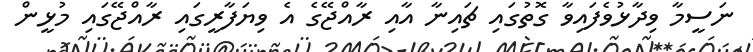
ނަސީމާ ވިދާޅުވެފައިވާ ގޮތުގައި ޗައިނާ އާއި ރާއްޖޭގެ އެ ވިޔަފާރީގައި ރާއްޖޭގައި މުޅީން